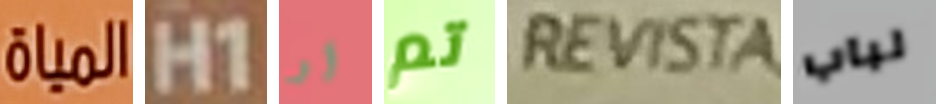
المياة H1 أو تم REVISTA لباب